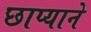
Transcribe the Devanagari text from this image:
छाप्याने